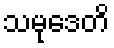
သမုဒေတိ